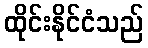
ထိုင်းနိုင်ငံသည်